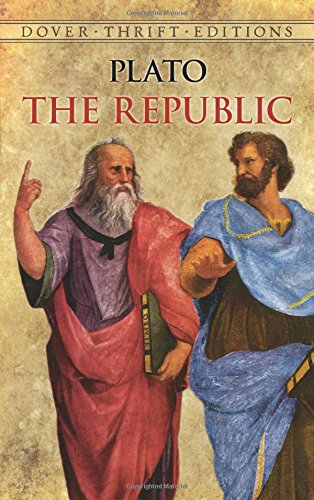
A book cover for The Republic (Dover Thrift Editions); Plato; Literature & Fiction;